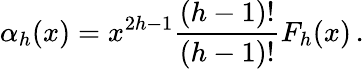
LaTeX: \alpha_{h}(x)=x^{2h-1}{\frac{(h-1)!}{(h-1)!}}F_{h}(x)\, .